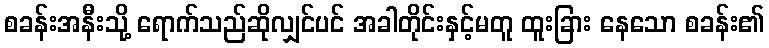
စခန်းအနီးသို့ ရောက်သည်ဆိုလျှင်ပင် အခါတိုင်းနှင့်မတူ ထူးခြား နေသော စခန်း၏